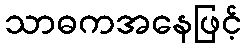
သာဓကအနေဖြင့်